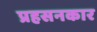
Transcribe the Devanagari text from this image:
प्रहसनकार